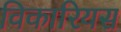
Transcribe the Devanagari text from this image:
विकारियस